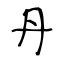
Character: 丹